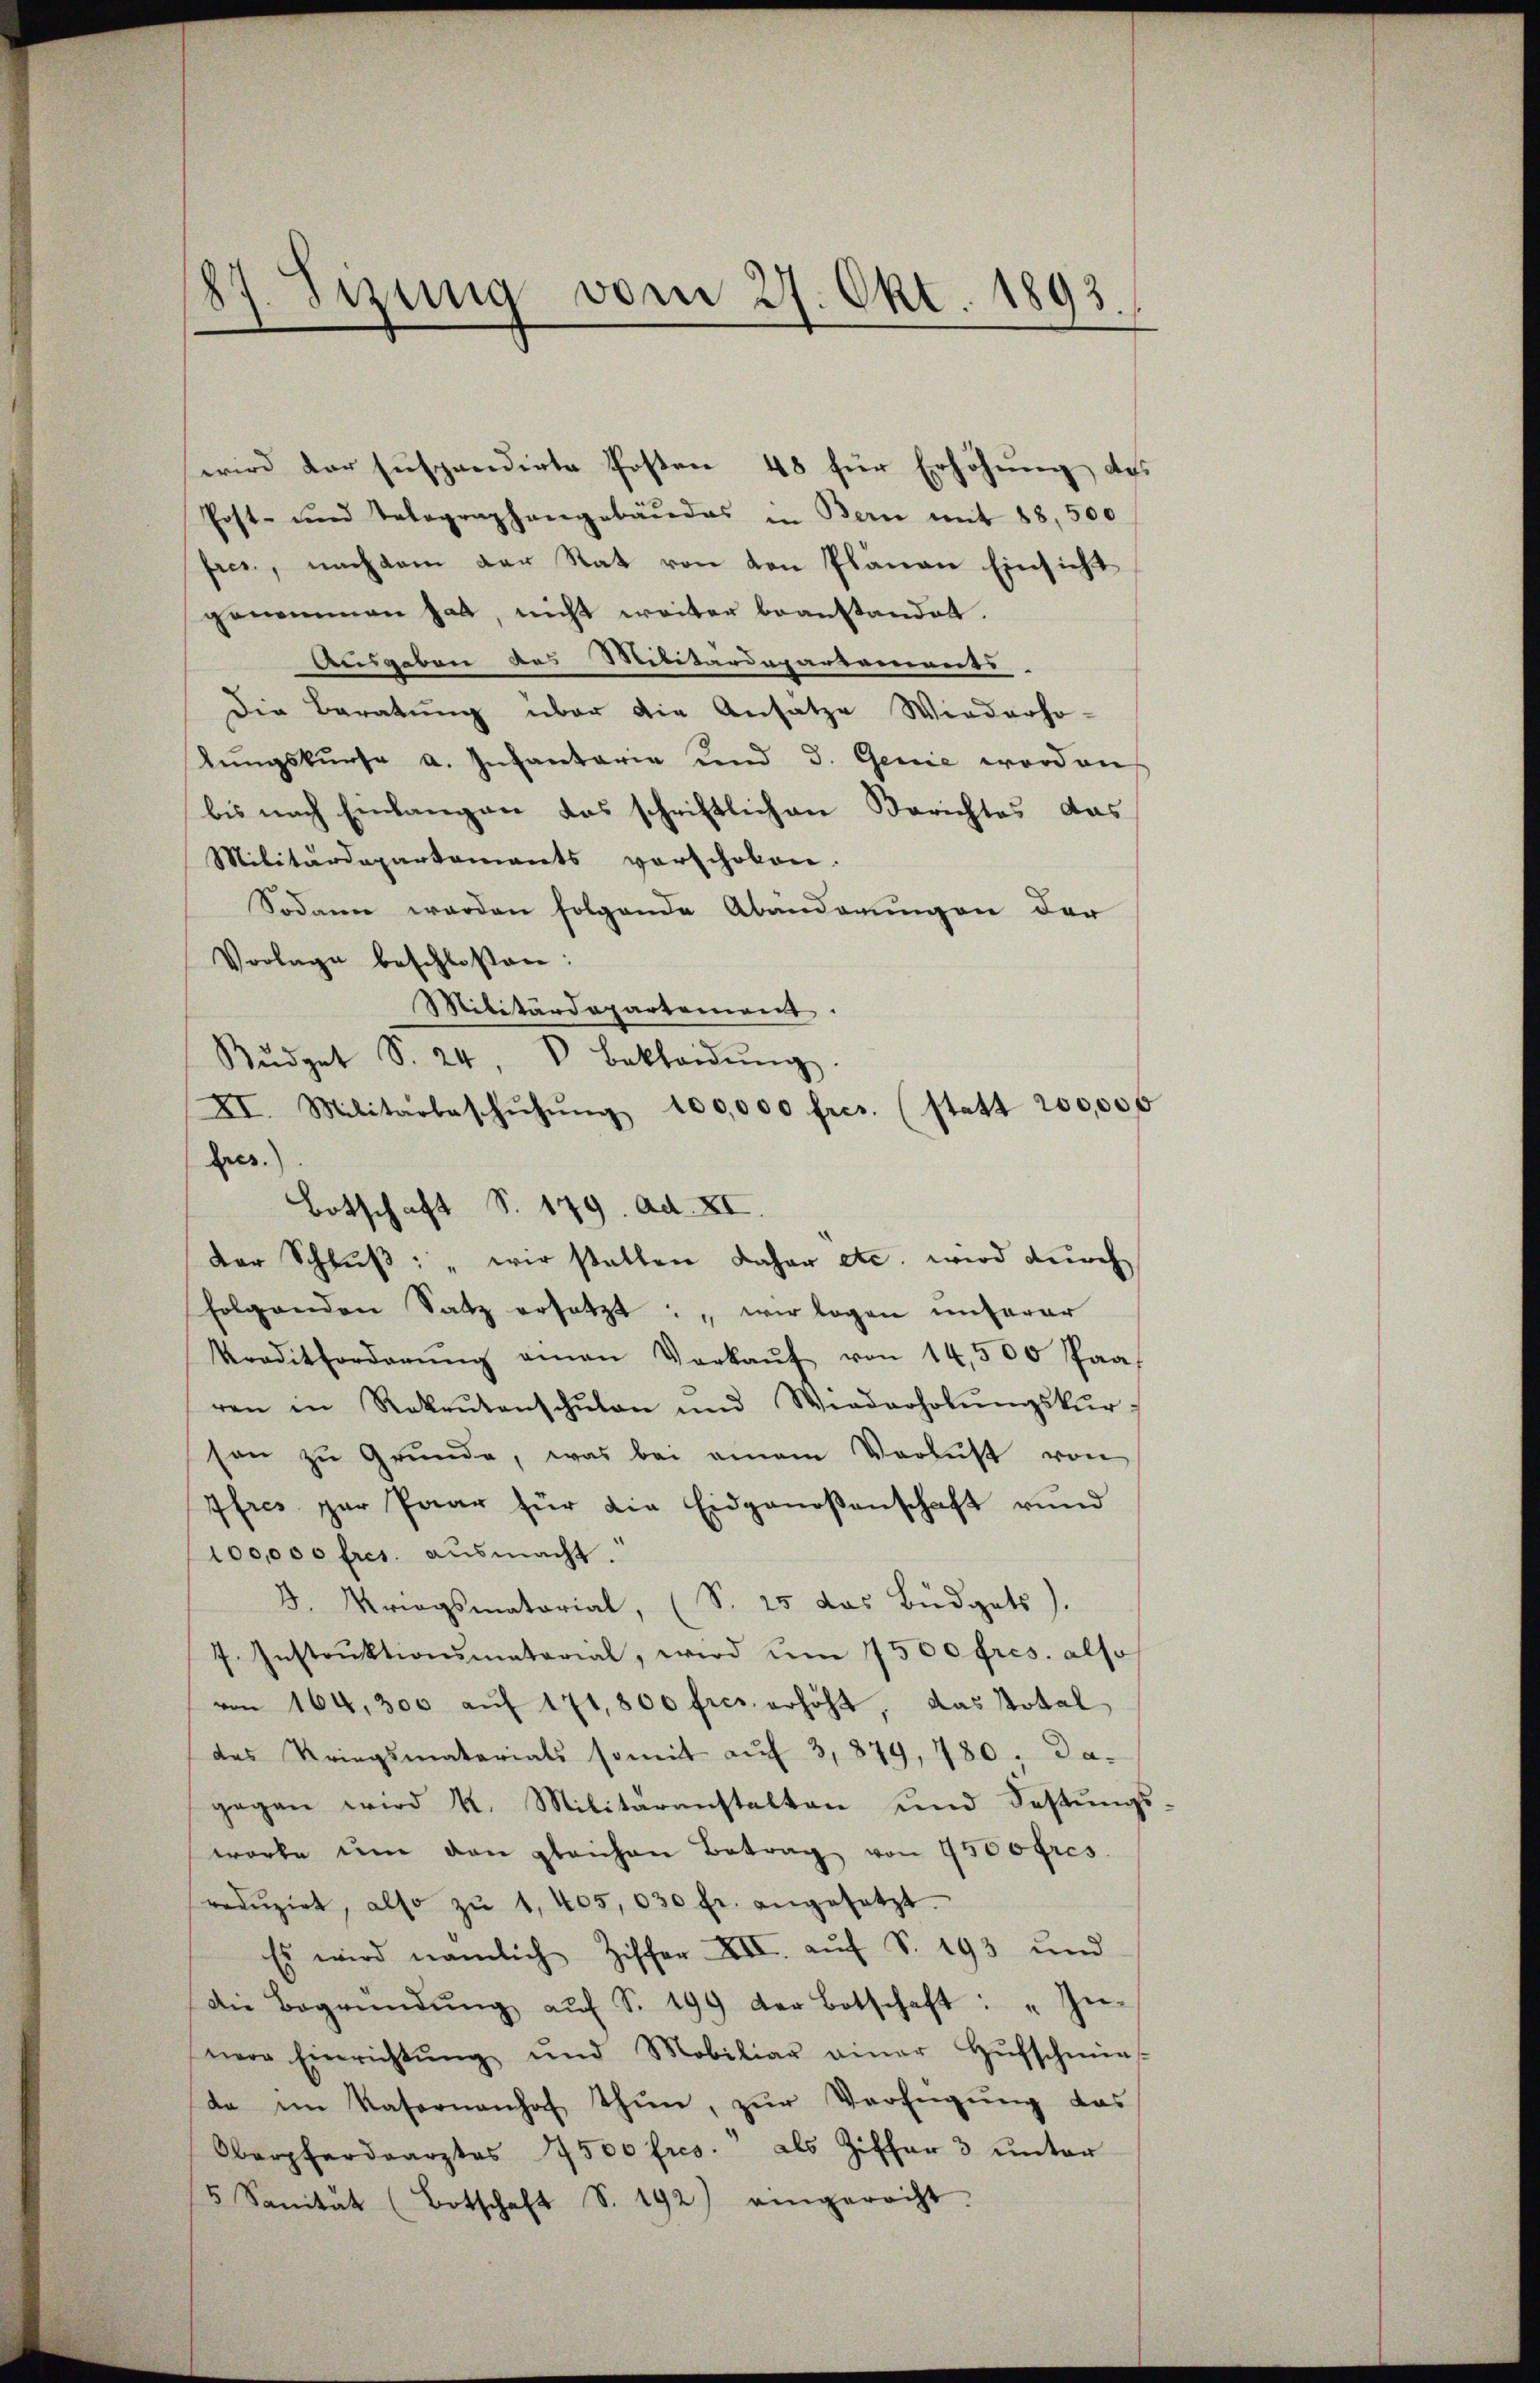
wird der suspendirte Posten 48 für Erhöhung des
Post- und Telegraphangebäŭdes in Bern mit 88, 500
fres, nachdem der Rat von den Plänen Einsicht
genommen hat, nicht weiter beanstandet.
Ausgaben des Militärdepartements
Die Beratung über die Ansatze Wiederho-
lŭngskŭrse a. Infantaria und 3. Genie worden
bis nach Einlangen das schriftlichen Berichtes das
Militärdepartements vorschoben.
Sodann werden folgende Abänderungen der
Vorlage beschloßen:
Militärdepartement.
Bŭdget S. 24 V. Bekleidŭng.
XI. Militärbeschŭhŭng 100,000 fres. (statt 200,000
Fres.)
Botschaft S. 149. Ad. XI.
der Schluß: „wir statten daher etc. wird durch
folgenden Satz ersetzt: „wir logen unterer
Kraditforderŭng einen Verkaŭf von 14,500 Paa
ren in Rekrutenschŭlen und Wiederholŭngskŭr-
son zu Grunde, was bei einem Verlust von
Ifres par Paar für die Eidgenoßenschaft rund
100,000 fres. ausmacht.
3. Kriegsmatorial, (S. 25 das Büdgets).
7. Instrŭktionsmatorial, wird ŭm 7500 fres. also
von 164, 300 aŭf 171,800 fres erhöht, das Total-
des Kriegsmaterials somit aŭf 3,879, 780. Da-
gegen wird k. Militäranstalten und Festungsworte um den gleichen Betrag von 9500 fres.
redŭzirt, also zŭ 1, 405, 030 fr. angesetzt.
Es wird nämlich Ziffer XII. aŭf S. 193 und
Die Begründŭng aŭf S. 199 der Botschaft: "In-
nere Einrichtŭng und Mobiliar einer Hŭfschmies-
da im Kasernenhof thun, zur Verfügung das
Oberpferdearztes 7500 fres." als Ziffer 3 unter
 Sanität (Botschaft S. 192) eingerecht.

87. Sizung vom 27. Okt. 1893.